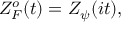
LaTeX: Z _ { F } ^ { o } ( t ) = Z _ { \psi } ( i t ) ,